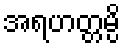
အရဟတ္တမ္ပိ